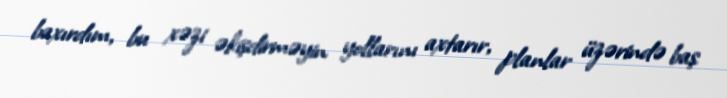
baxırdım, bu xəzi əkişdirməyin yollarını axtarır, planlar üzərində baş